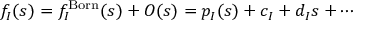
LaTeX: f _ { I } ( s ) = f _ { I } ^ { \mathrm { B o r n } } ( s ) + { \cal O } ( s ) = p _ { I } ( s ) + c _ { I } + d _ { I } s + \cdots